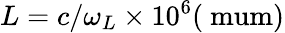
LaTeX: L=c/\omega_{L}\times 10^{6}(\mathrm{\ mum)}